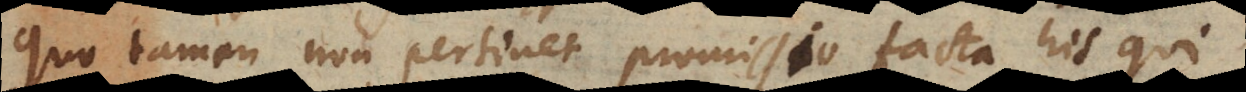
Quo tamen non pertinet promissio facta his qui